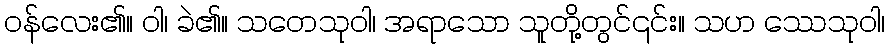
ဝန်လေး၏။ ဝါ၊ ခဲ၏။ သတေသုဝါ၊ အရာသော သူတို့တွင်၎င်း။ သဟ ဿေသုဝါ၊